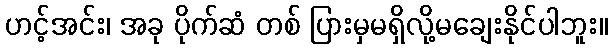
ဟင့်အင်း၊ အခု ပိုက်ဆံ တစ် ပြားမှမရှိလို့မချေးနိုင်ပါဘူး။